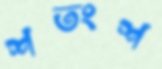
শতংশ